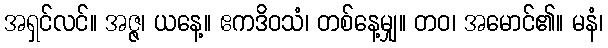
အရှင်လင်။ အဇ္ဇ၊ ယနေ့။ ဧကဒိဝသံ၊ တစ်နေ့မျှ။ တဝ၊ အမောင်၏။ မနံ၊